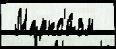
 Маркс'и́зм